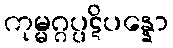
ကုမ္မဂ္ဂပ္ပဋိပန္နော